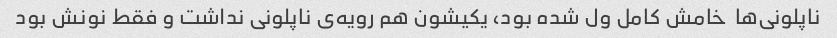
ناپلونی‌ها  خامش کامل ول شده بود، یکیشون هم رویه‌ی ناپلونی نداشت و فقط نونش بود